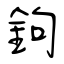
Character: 鉤